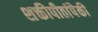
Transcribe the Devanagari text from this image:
शक्तीपीठांपैकी